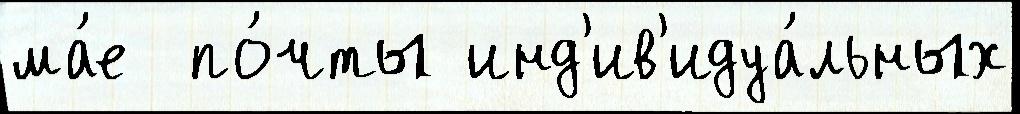
ма́е  по́чты инд'ив'идуа́льных